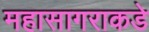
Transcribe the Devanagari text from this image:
महासागराकडे